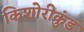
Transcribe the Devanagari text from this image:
किशोरीकुंड